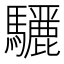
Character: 𮪜